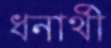
ধনার্থী